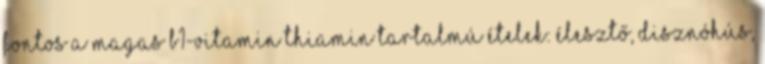
Fontos a magas B1-vitamin thiamin tartalmú ételek: élesztő, disznóhús,